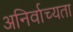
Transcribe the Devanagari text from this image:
अनिर्वाच्यता